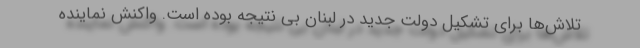
تلاش‌ها برای تشکیل دولت جدید در لبنان بی نتیجه بوده است. واکنش نماینده